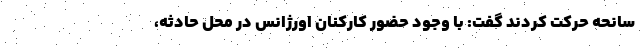
سانحه حرکت کردند گفت: با وجود حضور کارکنان اورژانس در محل حادثه،